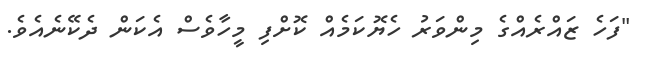
"ފަހެ ޒައްރެއްގެ މިންވަރު ހެޔޮކަމެއް ކޮށްފި މީހާވެސް އެކަން ދެކޭނެއެވެ.